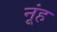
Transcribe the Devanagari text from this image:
नूंह